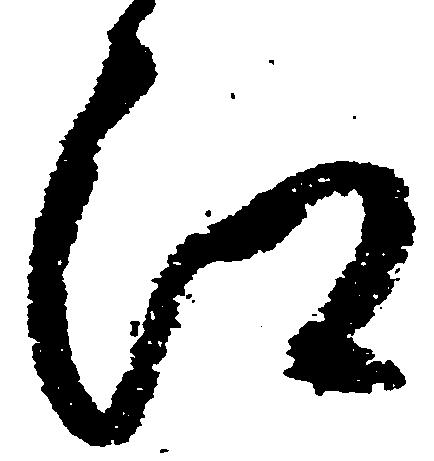
江